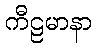
ကီဠမာနာ